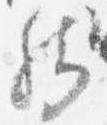
然